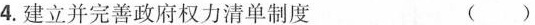
4.建立并完善政府权力清单制度 ()